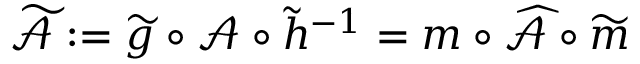
\widetilde { \mathcal { A } } : = \widetilde { g } \circ \mathcal { A } \circ \widetilde { h } ^ { - 1 } = m \circ \widehat { \mathcal { A } } \circ \widetilde { m }